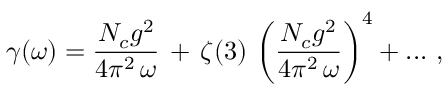
\gamma ( \omega ) = \frac { N _ { c } g ^ { 2 } } { 4 \pi ^ { 2 } \, \omega } \, + \, \zeta ( 3 ) \, \left( \frac { N _ { c } g ^ { 2 } } { 4 \pi ^ { 2 } \, \omega } \right) ^ { 4 } + . . . \, \, ,